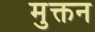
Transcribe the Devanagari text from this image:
मुक्तन